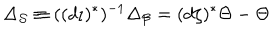
LaTeX: \Delta _ { \mathcal { S } } \equiv ( ( d \iota ) ^ { \ast } ) ^ { - 1 } \Delta _ { \mathcal { B } } = ( d \zeta ) ^ { \ast } \Theta - \Theta